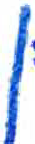
אות: ן